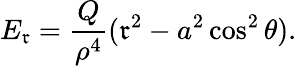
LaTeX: E_{\mathfrak{r}}=\frac{{Q}}{{\rho^{4}}}(\mathfrak{r}^{2}-a^{2}\cos^{2}\theta).